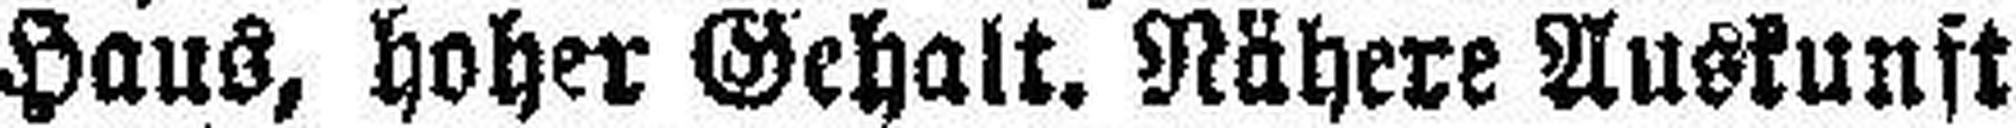
Haus, hoher Gehalt. Nähere Auskunft